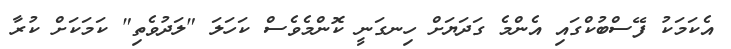
އެކަމަކު ފޭސްބުކްގައި އެންމެ ގަދަޔަށް ހިނގަނީ ކޮންމެވެސް ކަހަލަ "ލަދުވެތި" ކަމަކަށް ކުރާ